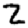
Digit: 2